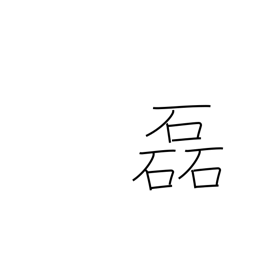
Meaning: many stones